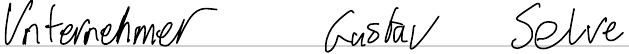
Unternehmer Gustav Selve